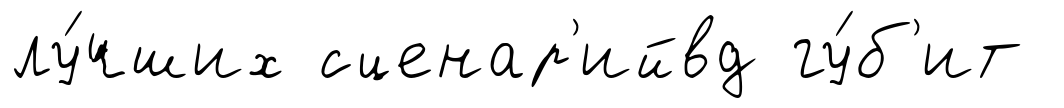
лу́чших сценар'ийвд гу́б'ит